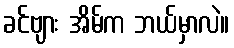
ခင်ဗျား အိမ်က ဘယ်မှာလဲ။